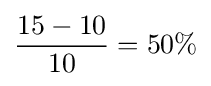
{\frac {15-10}{10}}=50\%